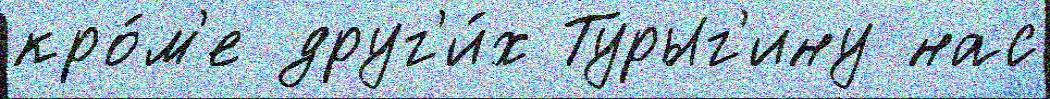
кро́м'е друг'и́х Турыг'ину нас